Civil Veterinary Department. Madras. Admin. report 1926-33 - 1926-1933
Year: 1926
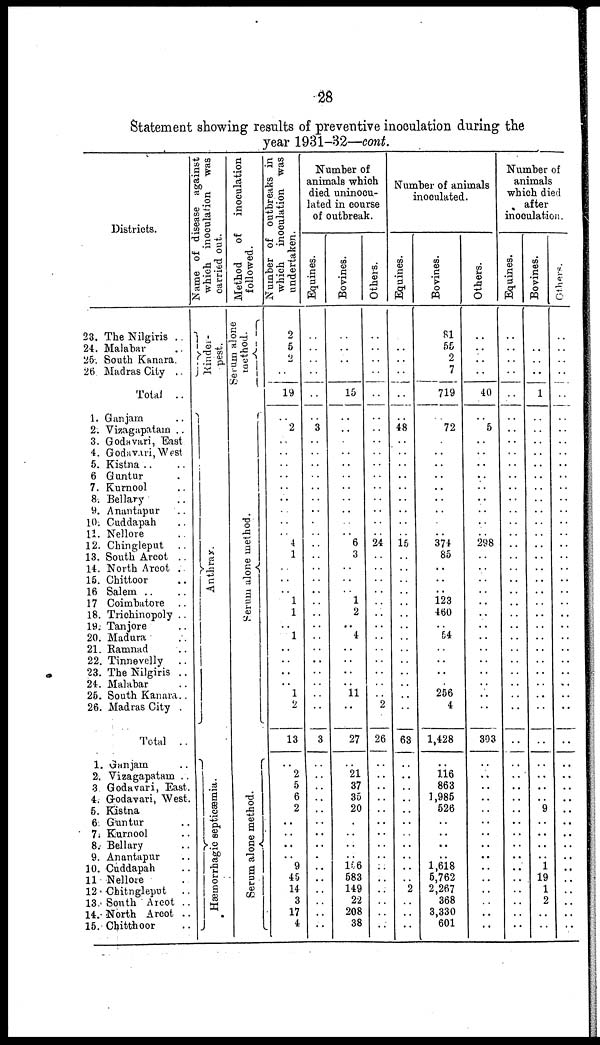
28
Statement showing results of preventive inoculation during the
year 1931-32—cont.
Districts.
23. The Nilgiris ..
24. Malabar ..
25. South Kanara.
26. Madras City ..
Total ..
1. Ganjam ..
2. Vizagapatain ..
3. Godavari, East
4. Godavari, West
5. Kistna .. ..
6 Guntur ..
7. Kurnool ..
8. Bellary ..
9. Anantapur ..
10. Cuddapah ..
11. Nellore ..
12. Chingleput ..
13. South Arcot ..
14. North Arcot ..
15. Chittoor ..
16 Salem .. ..
17 Coimbatore ..
18. Trichinopoly ..
19. Tanjore ..
20. Madura ..
21. Ramnad ..
22. Tinnevelly
..
23. The Nilgiris ..
24. Malabar ..
26. South Kanara..
26. Madras City
Total ..
1. Gunjam ..
2. Vizagapatam ..
3 Godavari, East.
4. Grodavari, West.
5. Kastna
6. Guntur ..
7. Kurnool ..
8. Bellary ..
9. Anantapur ..
10. Cuddapah ..
11 Nellore ..
12 Chitngleput
. .
13. South Arcot ..
14. North Arcot ..
15. Chitthoor ..
Name of disease against
which inoculation was
carried out.
Kinder-
pest.
Anthrax.
Hæmorrhagic septicæmia.
Method
of
inoculation
followed.
Se r
um alone
method.
Serum alone method.
Serum alone method.
Number of outbreaks in
which inoculation was
undertaken.
2
5
2
..
19
..
2
..
..
..
..
..
..
..
..
.. 4
1
..
..
..
1
1
..
1
..
..
..
..
1
2
13
..
2
5
6
2
..
..
..
..
9
45
14
3
17
4
Number of
animals which
died uninocu-
lated in course
of outbreak.
Equines.
..
..
..
..
..
..
3
..
..
..
..
..
..
..
..
..
..
..
..
..
..
..
..
..
..
..
..
..
..
..
..
3
..
..
..
..
..
..
..
..
..
..
..
..
..
..
..
Bovines.
..
..
..
..
15
..
..
..
..
..
..
..
..
..
..
.. 6
3
..
..
..
1
2
..
4
..
..
..
..
11
..
27
..
21
37
35
20
..
..
..
..
156
583
149
22
208
38
Others.
..
..
..
..
..
..
..
..
..
..
..
..
..
..
..
..
24
..
..
..
..
..
..
..
..
..
..
..
..
..
2
26
..
..
..
..
..
..
..
..
..
..
..
..
..
..
..
Number of animals
inoculated.
Equines.
..
..
..
..
..
..
48
..
..
..
..
..
..
..
..
.. 15
..
..
..
..
..
..
..
..
..
..
..
..
..
..
63
..
..
..
..
..
..
..
..
..
..
..
2
..
..
..
Bovines.
81
55
2
7
719
..
72
..
..
..
..
..
..
..
..
.. 374
85
..
..
..
123
460
..
54
..
..
..
..
256
4
1,428
..
116
863
1,985
526
..
..
..
..
1,618
5,762
2,267
368
3,330
601
Others.
..
..
..
..
40
..
5
..
..
..
..
..
..
..
..
.. 298
..
..
..
..
..
..
..
..
..
..
..
..
..
303
..
..
..
..
..
..
..
..
..
..
..
..
..
..
..
Number of
animals
which died
after
inoculation.
Equines.
..
..
..
..
..
..
..
..
..
..
..
..
..
..
..
..
..
..
..
..
..
..
..
..
..
..
..
..
..
..
..
..
..
..
..
..
..
..
..
..
..
..
..
..
..
..
Bovines.
..
..
..
..
1
..
..
..
..
..
..
..
..
..
..
..
..
..
..
..
..
..
..
..
..
..
..
..
..
..
..
..
..
..
..
..
9
..
..
..
..
1
19
1
2
..
..
Others.
..
..
..
..
..
..
..
..
..
..
..
..
..
..
..
..
..
..
..
..
..
..
..
..
..
..
..
..
..
..
..
..
..
..
..
..
..
..
..
..
..
..
..
..
..
..
..